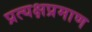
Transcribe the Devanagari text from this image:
प्रत्यक्षप्रमाण